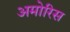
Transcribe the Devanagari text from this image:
अमोरिस